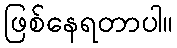
ဖြစ်နေရတာပါ။